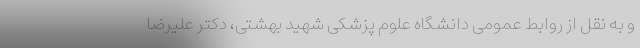
و به نقل از روابط عمومی دانشگاه علوم پزشکی شهید بهشتی، دکتر علیرضا